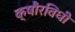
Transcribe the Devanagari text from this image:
क्षौरविधी